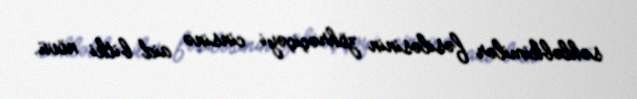
səhləbkimilər fəsiləsinin zöhrəçiçəyi cinsinə aid bitki növü.